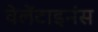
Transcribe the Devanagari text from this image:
वेलेंटाइनंस